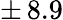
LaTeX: \pm\, 8.9